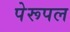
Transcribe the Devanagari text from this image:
पेरूपल